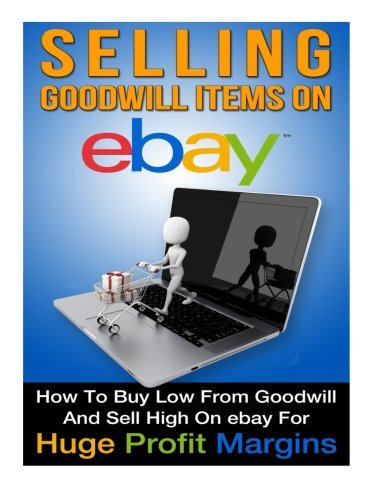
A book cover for Selling Goodwill Items on eBay: How to Buy Low Form Goodwill And Sell High On eBay for Hugh Profit Margins (Volume 1); Clark Moraign; Computers & Technology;